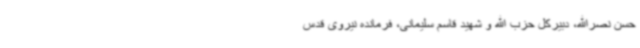
حسن نصرالله، دبیرکل حزب الله و شهید قاسم سلیمانی، فرمانده نیروی قدس